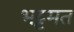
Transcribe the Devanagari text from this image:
भट्टमत